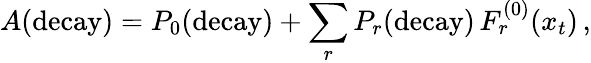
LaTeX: A(\mathrm{decay})=P_{0}(\mathrm{decay})+\sum_{r}P_{r}(\mathrm{decay})\, F_{r}^{(0)}(x_{t})\, ,